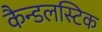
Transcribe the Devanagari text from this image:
कैन्डलस्टिक